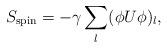
LaTeX: \begin{align*}S_{\rm spin}= - \gamma \sum_l ( \phi U \phi)_l,\end{align*}